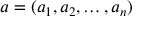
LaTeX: a = ( a _ { 1 } , a _ { 2 } , \dots , a _ { n } )